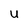
Character: U